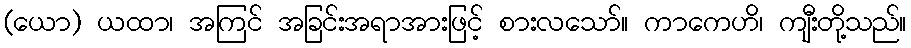
(ယော) ယထာ၊ အကြင် အခြင်းအရာအားဖြင့် စားလသော်။ ကာကေဟိ၊ ကျီးတို့သည်။